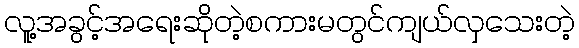
လူ့အခွင့်အရေးဆိုတဲ့စကားမတွင်ကျယ်လှသေးတဲ့